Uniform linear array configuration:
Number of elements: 8
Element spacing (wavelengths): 0.5
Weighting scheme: uniform
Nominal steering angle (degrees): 30
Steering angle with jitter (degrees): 28.091
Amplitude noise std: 0.05
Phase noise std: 0.05

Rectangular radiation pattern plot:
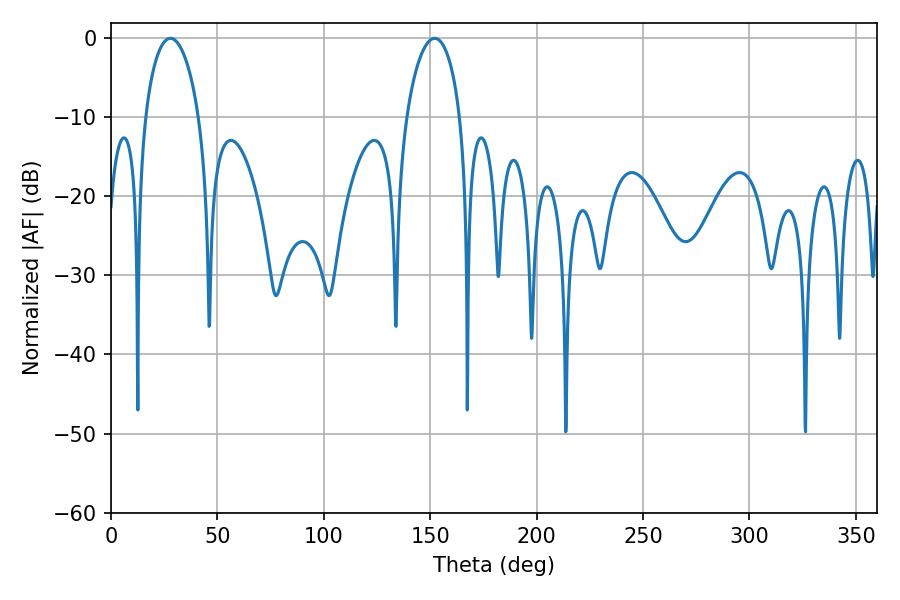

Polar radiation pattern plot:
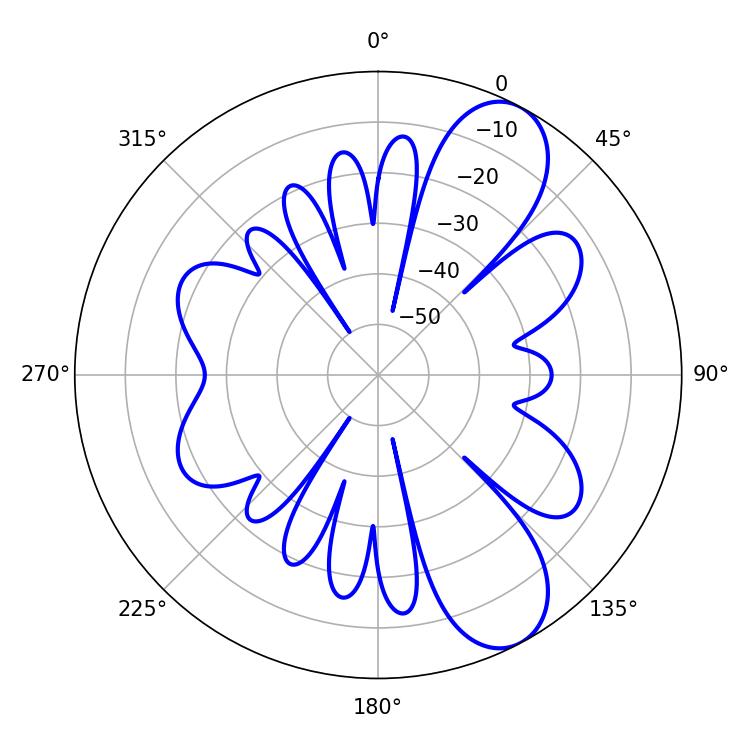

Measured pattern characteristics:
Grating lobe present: FALSE
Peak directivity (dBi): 8.972
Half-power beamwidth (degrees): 14.58
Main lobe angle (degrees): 27.9